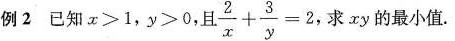
例2 已知$$x > 1$$，$$y > 0$$，且$$ frac { 2 } { x } + frac { 3 } { y } = 2$$，求xy的最小值.